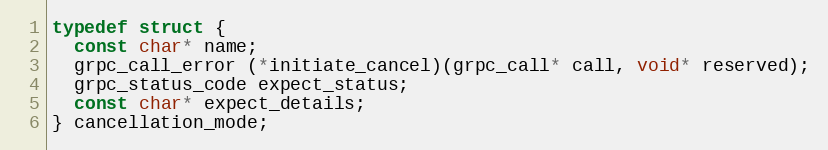
Language: C
typedef struct {
  const char* name;
  grpc_call_error (*initiate_cancel)(grpc_call* call, void* reserved);
  grpc_status_code expect_status;
  const char* expect_details;
} cancellation_mode;